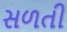
સળતી